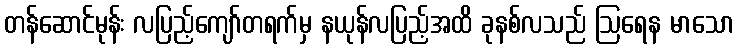
တန်ဆောင်မုန်း လပြည့်ကျော်တရက်မှ နယုန်လပြည့်အထိ ခုနစ်လသည် ဩရေန မာသော